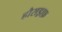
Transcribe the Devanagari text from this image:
हौसड्राफ़